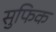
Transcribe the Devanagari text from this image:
सुफिक